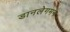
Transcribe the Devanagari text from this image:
डानलेगमन